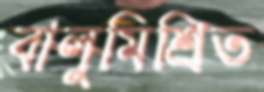
বালুমিশ্রিত